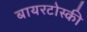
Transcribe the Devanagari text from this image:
बायरटोस्की